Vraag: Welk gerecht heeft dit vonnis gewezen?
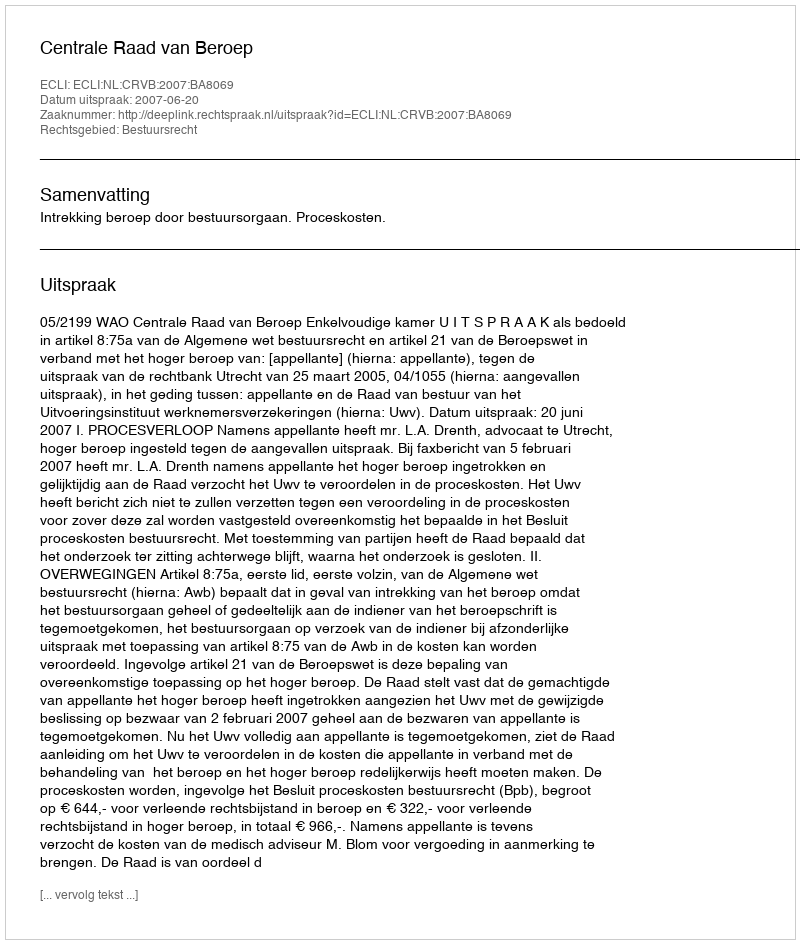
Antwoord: Centrale Raad van Beroep